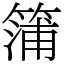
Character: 䈬